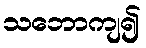
သဘောကျ၍